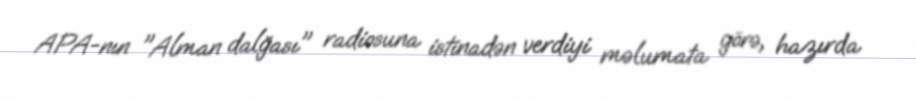
APA-nın "Alman dalğası" radiosuna istinadən verdiyi məlumata görə, hazırda